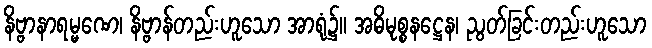
နိဗ္ဗာနာရမ္မဏေ၊ နိဗ္ဗာန်တည်းဟူသော အာရုံ၌။ အဓိမုစ္စနဋ္ဌေန၊ ညွတ်ခြင်းတည်းဟူသော